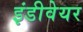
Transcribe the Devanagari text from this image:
इंडीवेयर